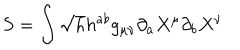
S = \int \sqrt { h } h ^ { a b } g _ { \mu \nu } \partial _ { a } X ^ { \mu } \partial _ { b } X ^ { \nu }